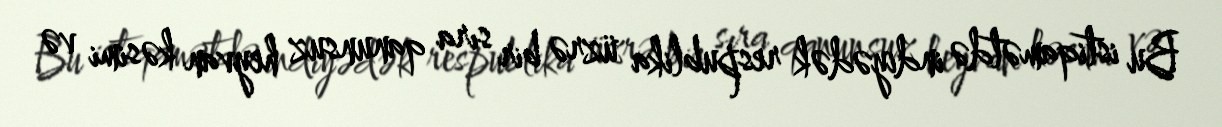
Bu istiqamətdə indiyədək respublika üzrə bir sıra qanunsuz heyvan kəsimi və